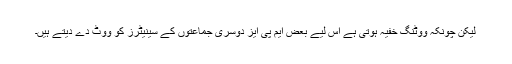
لیکن چونکہ ووٹنگ خفیہ ہوتی ہے اس لیے بعض ایم پی ایز دوسری جماعتوں کے سینیٹرز کو ووٹ دے دیتے ہیں۔